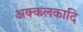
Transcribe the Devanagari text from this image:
अक्कलकादि